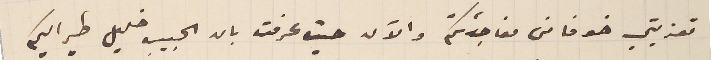
تعزيتي خوفًا من مفاجئتكم والآن حيث عرفت بان الحبيب خليل طير اليكم